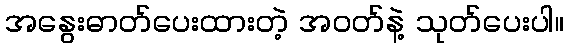
အနွေးဓာတ်ပေးထားတဲ့ အဝတ်နဲ့ သုတ်ပေးပါ။